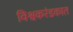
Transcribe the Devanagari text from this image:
विश्वकरंडकात